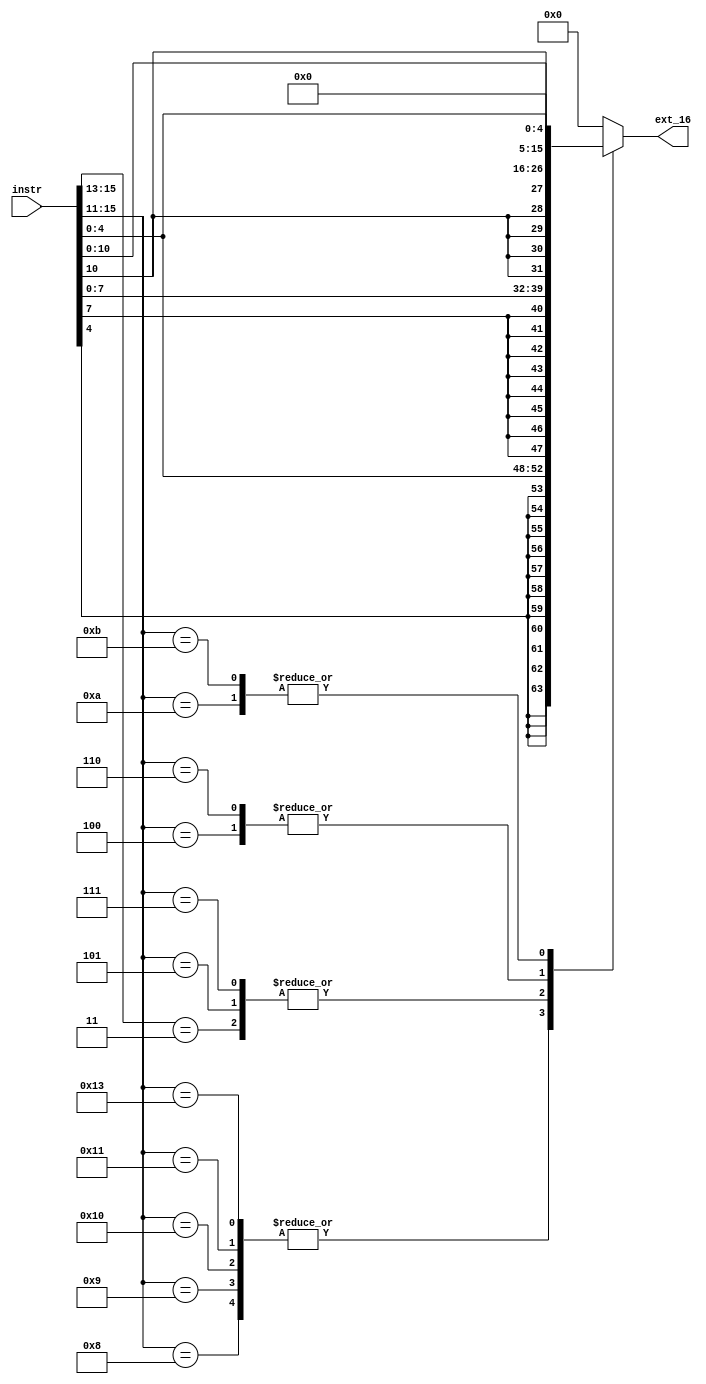
module imm_ext(instr,ext_16);
input [15:0]instr;
output reg [15:0]ext_16;

always@* begin 
	casex(instr[15:11])

		5'b01000:begin //ADDI, sign ext 11
		ext_16={{11{instr[4]}},instr[4:0]};
		end 
		
		5'b01001:begin //SUBI, sign ext11
		ext_16={{11{instr[4]}},instr[4:0]};
		end 
		
		5'b10000:begin //ST, sign ext 11
		ext_16={{11{instr[4]}},instr[4:0]};
		end 
		
		5'b10001:begin //LD, sign ext 11
		ext_16={{11{instr[4]}},instr[4:0]};
		end 
		
		5'b10011:begin //STU, sign ext 11
		ext_16={{11{instr[4]}},instr[4:0]};
		end
		
		5'b011??:begin //all branches, sign ext 8
		ext_16={{8{instr[7]}},instr[7:0]};
		end 

		5'b00101:begin //JR, sign ext 8
		ext_16={{8{instr[7]}},instr[7:0]};
		end
		
		5'b00111:begin //JR, sign ext 8
		ext_16={{8{instr[7]}},instr[7:0]};
		end
		
		5'b00100:begin //J, sign ext 5
		ext_16={{5{instr[10]}},instr[10:0]};
		end
		
		5'b00110:begin //JAL, sign ext 5
		ext_16={{5{instr[10]}},instr[10:0]};
		end
		
		5'b01010:begin //XORI, zero ext 11
		ext_16={{11{1'b0}},instr[4:0]};
		end 
		
		5'b01011:begin //ANDNI, zero ext 11
		ext_16={{11{1'b0}},instr[4:0]};
		end 
		
		5'b01010:begin //SLBI, zero ext 8
		ext_16={{8{1'b0}},instr[7:0]};
		end 
		
		default:begin 
		ext_16=16'h0000;
		end
	endcase  
end 

endmodule